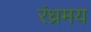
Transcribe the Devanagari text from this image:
रंध्रमय